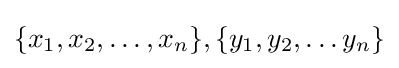
\{x_{1},x_{2},\dots ,x_{n}\},\{y_{1},y_{2},\dots y_{n}\}